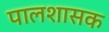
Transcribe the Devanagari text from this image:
पालशासक